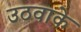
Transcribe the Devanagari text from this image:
उठवाके